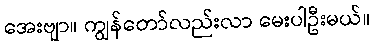
အေးဗျာ။ ကျွန်တော်လည်းလာ မေးပါဦးမယ်။